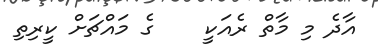
އާދެ މި މާތް ރެއަކީ    ގެ މައްޗަށް ކީރިތި